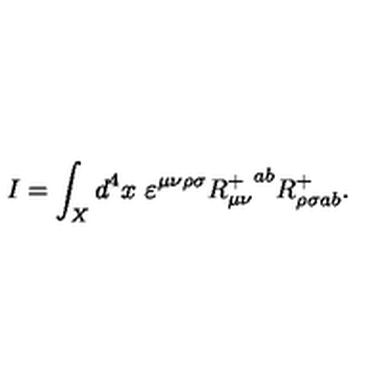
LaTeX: I = \int _ { X } d ^ { 4 } x \ \varepsilon ^ { \mu \nu \rho \sigma } { R _ { \mu \nu } ^ { + } } ^ { a b } R _ { \rho \sigma a b } ^ { + } .